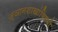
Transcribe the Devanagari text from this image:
ज्ञानशाखांविषयी